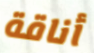
أناقة